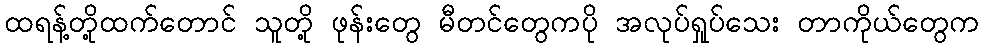
ထရန့်တို့ထက်တောင် သူတို့ ဖုန်းတွေ မီတင်တွေကပို အလုပ်ရှုပ်သေး တာကိုယ်တွေက